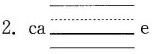
2. ca___e